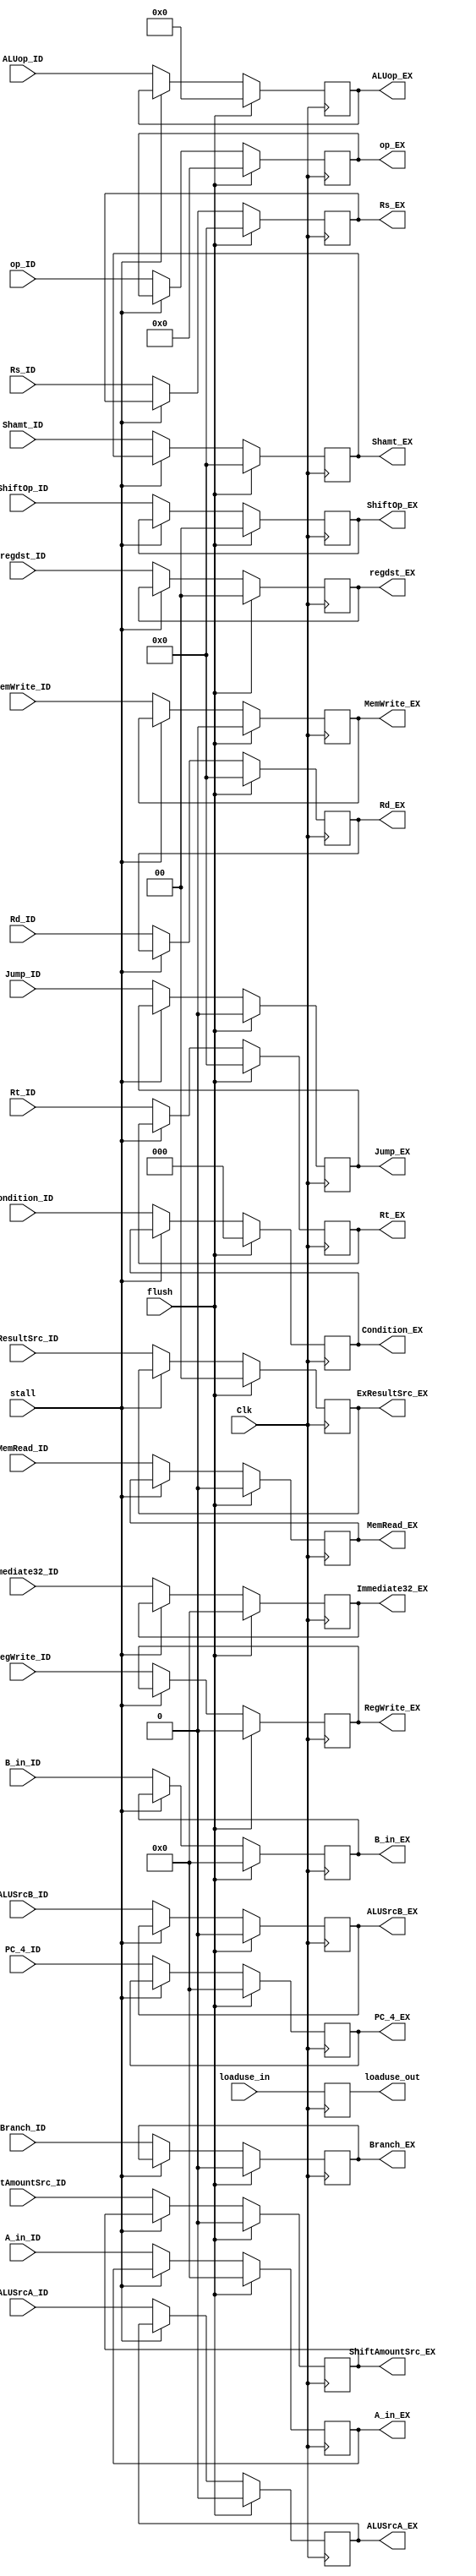
module ID_EX_9(
input Clk,
input stall,
input flush,
input [31:0]PC_4_ID,
input [5:0]op_ID,
input [2:0]Condition_ID,
input Branch_ID,
input MemWrite_ID,
input RegWrite_ID,
input MemRead_ID,
input Jump_ID,
input [1:0] ExResultSrc_ID,
input ALUSrcA_ID,
input ALUSrcB_ID,
input [3:0]ALUop_ID,
input [1:0]regdst_ID,
input ShiftAmountSrc_ID,
input [1:0]ShiftOp_ID,
input [31:0]A_in_ID,
input [31:0]B_in_ID,
input [4:0]Rs_ID,
input [4:0]Rt_ID,
input [4:0]Rd_ID,
input [31:0]Immediate32_ID,
input [4:0]Shamt_ID,
input loaduse_in,
output reg [31:0]PC_4_EX,
output reg [5:0]op_EX,
output reg [2:0]Condition_EX,
output reg Branch_EX,
output reg MemWrite_EX,
output reg RegWrite_EX,
output reg MemRead_EX,
output reg Jump_EX,
output reg [1:0]ExResultSrc_EX,
output reg ALUSrcA_EX,
output reg ALUSrcB_EX,
output reg [3:0]ALUop_EX,
output reg [1:0]regdst_EX,
output reg ShiftAmountSrc_EX,
output reg [1:0]ShiftOp_EX,
output reg [31:0]A_in_EX,
output reg [31:0]B_in_EX,
output reg [4:0]Rs_EX,
output reg [4:0]Rt_EX,
output reg [4:0]Rd_EX,
output reg [31:0]Immediate32_EX,
output reg [4:0]Shamt_EX,
output reg loaduse_out
);
initial
begin
PC_4_EX=32'b0;
op_EX=6'b0;
Condition_EX=3'b0;
Branch_EX=0;
MemWrite_EX=0;
RegWrite_EX=0;
MemRead_EX=0;
Jump_EX=0;
ExResultSrc_EX=2'b0;
ALUSrcA_EX=0;
ALUSrcB_EX=0;
ALUop_EX=4'b0;
regdst_EX=2'b0;
ShiftAmountSrc_EX=0;
ShiftOp_EX=2'b0;
A_in_EX=32'b0;
B_in_EX=32'b0;
Rs_EX=5'b0;
Rt_EX=5'b0;
Rd_EX=5'b0;
Immediate32_EX=32'b0;
Shamt_EX=5'b0;
loaduse_out = 0;
end
always @(negedge Clk)begin
	loaduse_out <= loaduse_in;
	if(flush)begin
		PC_4_EX=32'b0;
		op_EX=6'b0;
		Condition_EX=3'b0;
		Branch_EX=0;
		MemWrite_EX=0;
		RegWrite_EX=0;
		MemRead_EX=0;
		Jump_EX=0;
		ExResultSrc_EX=2'b0;
		ALUSrcA_EX=0;
		ALUSrcB_EX=0;
		ALUop_EX=4'b0;
		regdst_EX=2'b0;
		ShiftAmountSrc_EX=0;
		ShiftOp_EX=2'b0;
		A_in_EX=32'b0;
		B_in_EX=32'b0;
		Rs_EX=5'b0;
		Rt_EX=5'b0;
		Rd_EX=5'b0;
		Immediate32_EX=32'b0;
		Shamt_EX=5'b0;
	end
	else if(!stall)begin
		PC_4_EX <= PC_4_ID;
		op_EX <= op_ID;
		Condition_EX <= Condition_ID;
		Branch_EX <= Branch_ID;
		MemWrite_EX <= MemWrite_ID;
		RegWrite_EX <= RegWrite_ID;
		MemRead_EX <= MemRead_ID;
		Jump_EX <= Jump_ID;
		ExResultSrc_EX <= ExResultSrc_ID;
		ALUSrcA_EX <= ALUSrcA_ID;
		ALUSrcB_EX <= ALUSrcB_ID;
		ALUop_EX <= ALUop_ID;
		regdst_EX <= regdst_ID;
		ShiftAmountSrc_EX <= ShiftAmountSrc_ID;
		ShiftOp_EX <= ShiftOp_ID;
		A_in_EX <= A_in_ID;
		B_in_EX <= B_in_ID;
		Rs_EX <= Rs_ID;
		Rt_EX <= Rt_ID;
		Rd_EX <= Rd_ID;
		Immediate32_EX <= Immediate32_ID;
		Shamt_EX <= Shamt_ID;
	end
end
endmodule